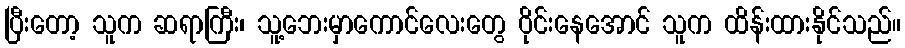
ပြီးတော့ သူက ဆရာကြီး၊ သူ့ဘေးမှာကောင်လေးတွေ ဝိုင်းနေအောင် သူက ထိန်းထားနိုင်သည်။